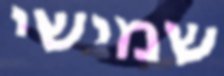
שמישי